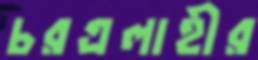
চরএলাহীর